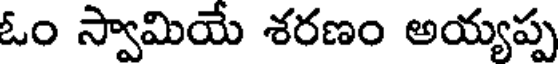
ఓం స్వామియే శరణం అయ్యప్ప